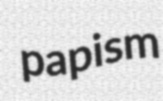
papism